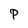
Character: P